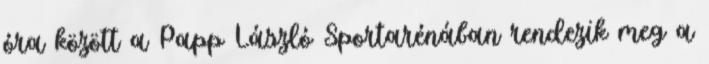
óra között a Papp László Sportarénában rendezik meg a